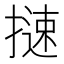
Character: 𢳪